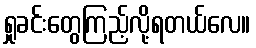
ရှုခင်းတွေကြည့်လို့ရတယ်လေ။